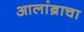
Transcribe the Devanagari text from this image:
आलांब्राचा